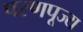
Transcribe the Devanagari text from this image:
परणपूज्य